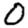
Digit: 0